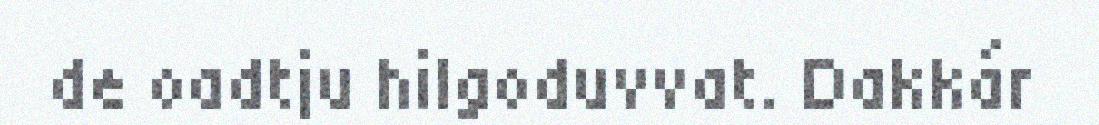
de oadtju hilgoduvvat. Dakkár